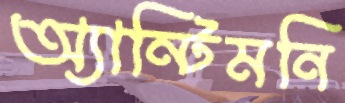
অ্যান্টিমনি